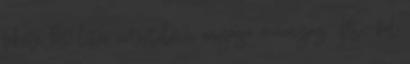
fekete 50 liter űrtartalmú, anyaga műanyag. Két . fül